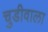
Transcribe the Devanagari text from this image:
चुडीवाला